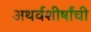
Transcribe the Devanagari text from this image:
अथर्वशीर्षांची